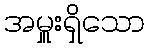
အမှူးရှိသော